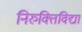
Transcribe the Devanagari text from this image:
निरुक्तिविद्या